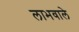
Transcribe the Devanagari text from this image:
लाभवाले